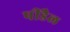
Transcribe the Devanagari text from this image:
पीडैल